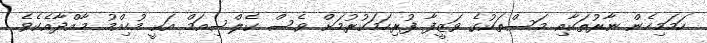
ހަމަމިހެން ނާރުތަކާއި މަސްތަކުގެ ވަޒީފާ ފުރިހަމަކުރުމަށް ވެސް ކެލްސިއަމް އަކީ މުހިއްމު މާއްދާއެކެވެ.